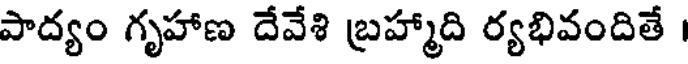
పాద్యం గృహాణ దేవేశి బ్రహ్మాది ర్యభివందితే ।